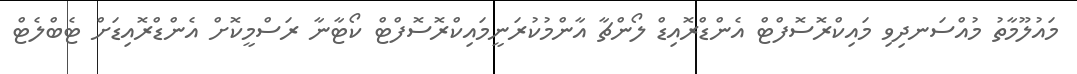
މައުލޫމާތު މުއްސަނދިވި މައިކްރޮސޮފްޓް އެންޑްރޮއިޑް ލޯންޗާ އާންމުކުރަނީމައިކްރޮސޮފްޓް ކޯޓާނާ ރަސްމީކޮށް އެންޑްރޮއިޑަށް ޓެބްލެޓް